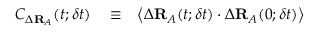
\begin{array} { r l r } { C _ { \Delta \mathbf { R } _ { A } } ( t ; \delta t ) } & { { } \equiv } & { \left\langle \Delta \mathbf { R } _ { A } ( t ; \delta t ) \cdot \Delta \mathbf { R } _ { A } ( 0 ; \delta t ) \right\rangle } \end{array}